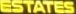
ESTATE